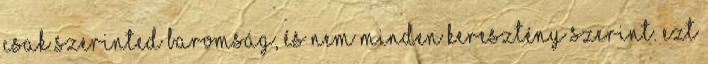
csak szerinted baromság, és nem minden keresztény szerint. Ezt